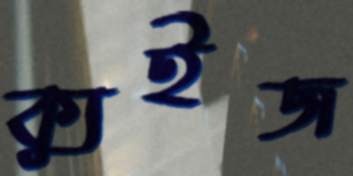
ক্যুইজ